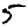
Digit: 5